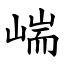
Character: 㟨